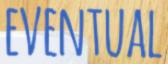
EVENTUAL